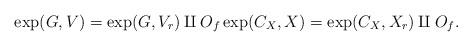
LaTeX: \begin{align*}\exp(G,V)= \exp(G,V_r)\amalg O_f \exp(C_X, X)=\exp(C_X, X_r)\amalg O_f.\end{align*}